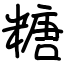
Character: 糖